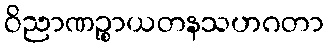
ဝိညာဏဉ္စာယတနသဟဂတာ